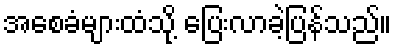
အစေခံများထံသို့ ပြေးလာခဲ့ပြန်သည်။